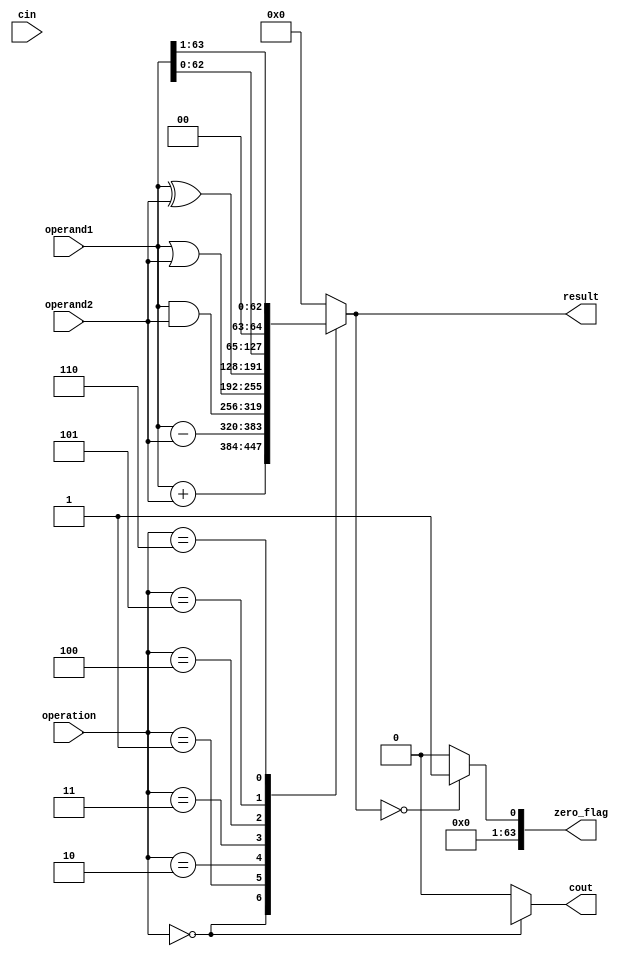
module ALU (
  input [63:0] operand1,
  input [63:0] operand2,
  input [2:0] operation,
  input cin,
  output [63:0] result,
  output cout,
  output [63:0] zero_flag
);

//internal wires for intermediate signals
wire [63:0] sum, difference, and_result, or_result, xor_result, left_shift_result, right_shift_result;

//ALU operations
assign sum = operand1 + operand2;
assign difference = operand1 - operand2;
assign and_result = operand1 & operand2;
assign or_result = operand1 | operand2;
assign xor_result = operand1 ^ operand2;
assign left_shift_result = operand1 << 1;
assign right_shift_result = operand1 >>> 1;

//output based on control signals
always @(*)
begin
  case(operation)
    3'b000: result = sum; //addition
    3'b001: result = difference; //subtraction
    3'b010: result = and_result; //AND
    3'b011: result = or_result; //OR
    3'b100: result = xor_result; //XOR
    3'b101: result = left_shift_result; //shift left
    3'b110: result = right_shift_result; //shift right
    default: result = 64'b0; //default to zero
  endcase
end

//flags based on result
assign cout = (operation == 3'b000) ? (sum[64]) : 1'b0; //carry out for addition
assign zero_flag = (result == 64'b0) ? 1'b1 : 1'b0; //set zero flag if result is zero

endmodule